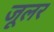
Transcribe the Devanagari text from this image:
जूलर